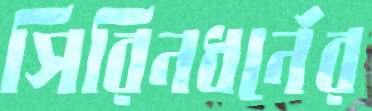
সিরিনধর্নের